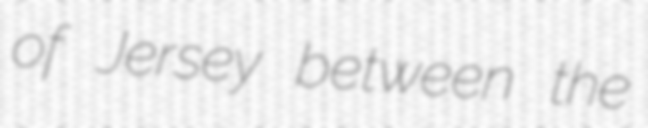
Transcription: of Jersey between the